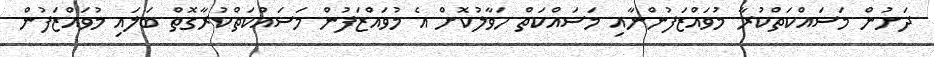
ދަށުން މަސައްކަތްކުރާ މުވައްޒަފުންނާއި މަސައްކަތް ހަވާލުކޮށް އެ މުވައްޒަފުން މަސައްކަތްކުރާގޮތް ބަލައި މުވައްޒަފުން